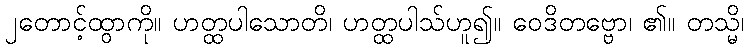
၂တောင့်ထွာကို။ ဟတ္ထပါသောတိ၊ ဟတ္ထပါသ်ဟူ၍။ ဝေဒိတဗ္ဗော၊ ၏။ တသ္မိ၊